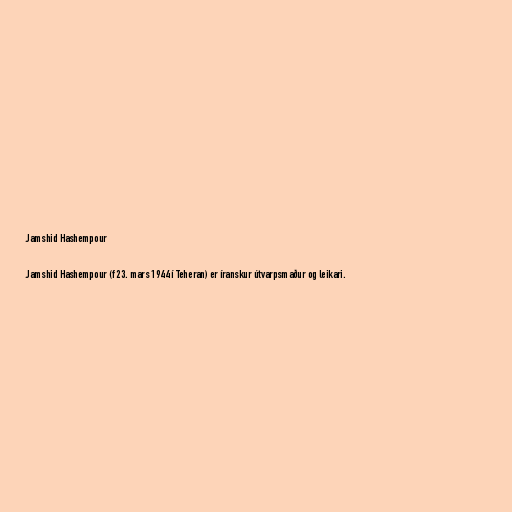
Jamshid Hashempour

Jamshid Hashempour (f 23. mars 1944 í Teheran) er íranskur útvarpsmaður og leikari.